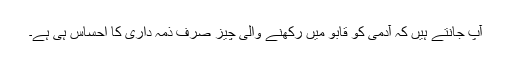
آپ جانتے ہیں کہ آدمی کو قابو میں رکھنے والی چیز صرف ذمہ داری کا احساس ہی ہے۔